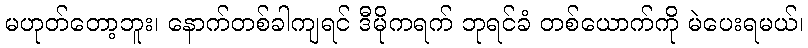
မဟုတ်တော့ဘူး၊ နောက်တစ်ခါကျရင် ဒီမိုကရက် ဘုရင်ခံ တစ်ယောက်ကို မဲပေးရမယ်၊